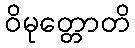
ဝိမုတ္တောတိ